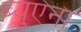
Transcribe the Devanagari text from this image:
ब्युएना